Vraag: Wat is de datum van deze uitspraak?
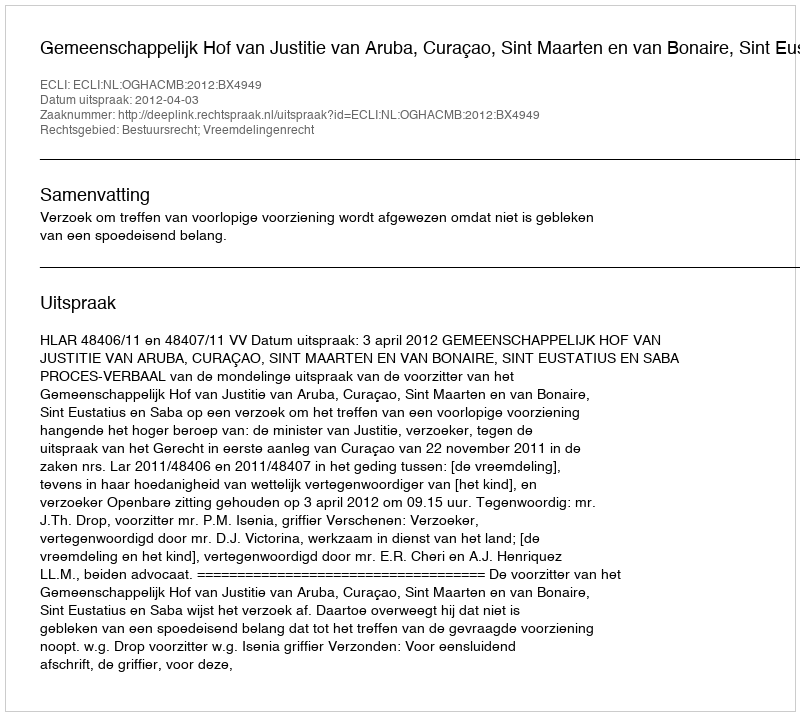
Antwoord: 2012-04-03